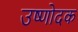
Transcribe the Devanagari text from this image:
उष्णोदक